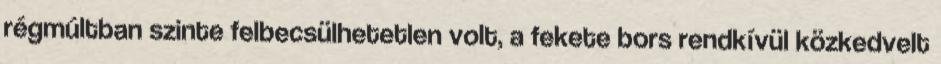
régmúltban szinte felbecsülhetetlen volt, a fekete bors rendkívül közkedvelt